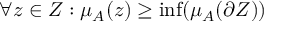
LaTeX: \forall z \in Z : \mu _ { A } ( z ) \geq \operatorname* { i n f } ( \mu _ { A } ( \partial { Z } ) )